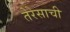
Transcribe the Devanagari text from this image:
तेरेसाची